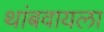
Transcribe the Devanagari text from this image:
थांबवायला